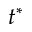
t ^ { * }